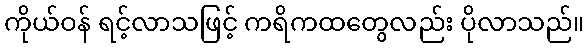
ကိုယ်ဝန် ရင့်လာသဖြင့် ကရိကထတွေလည်း ပိုလာသည်။